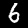
Digit: 6